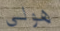
هولى